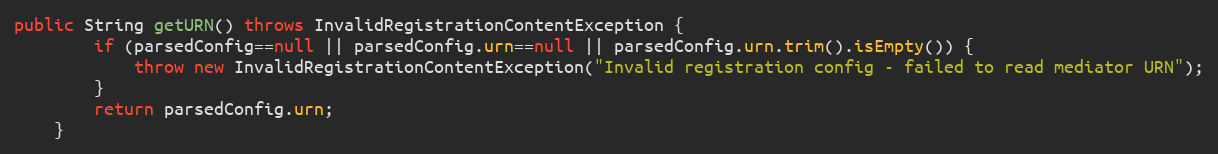
Language: Java
public String getURN() throws InvalidRegistrationContentException {
        if (parsedConfig==null || parsedConfig.urn==null || parsedConfig.urn.trim().isEmpty()) {
            throw new InvalidRegistrationContentException("Invalid registration config - failed to read mediator URN");
        }
        return parsedConfig.urn;
    }